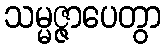
သမ္မဇ္ဇာပေတွာ